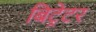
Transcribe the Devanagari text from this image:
बिट्रेटर